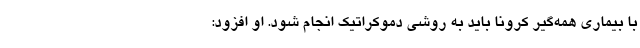
با بیماری همه‌گیر کرونا باید به روشی دموکراتیک انجام شود. او افزود: